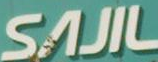
SAIL